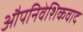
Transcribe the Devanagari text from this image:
औपनिवेशिकवाद